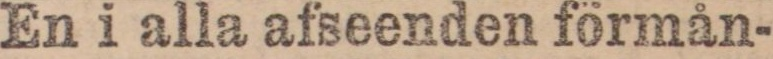
En i alla afseenden förmån-